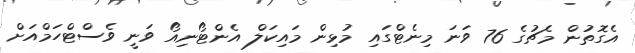
އެގޮތުން މެޗުގެ 76 ވަނަ މިނެޓްގައި މުޅިން މައިކަލް އެންޓޯނިއޯ ވަނީ ވެސްޓްހަމްއަށް